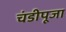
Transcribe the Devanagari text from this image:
चंडीपूजा